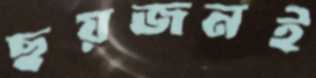
ছয়জনই